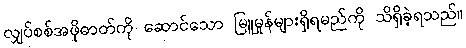
လျှပ်စစ်အဖိုဓာတ်ကို ဆောင်သော မြူမှုန်များရှိရမည်ကို သိရှိခဲ့ရသည်။